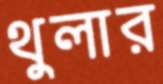
থুলার